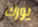
يورك